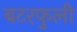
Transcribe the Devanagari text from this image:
बटरफुली